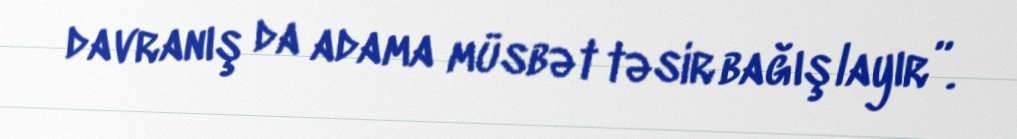
davranış da adama müsbət təsir bağışlayır”.